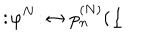
: \! \varphi ^ { N } \! : \, \leftrightarrow p _ { n } ^ { ( N ) } ( \underline { { { l } } }